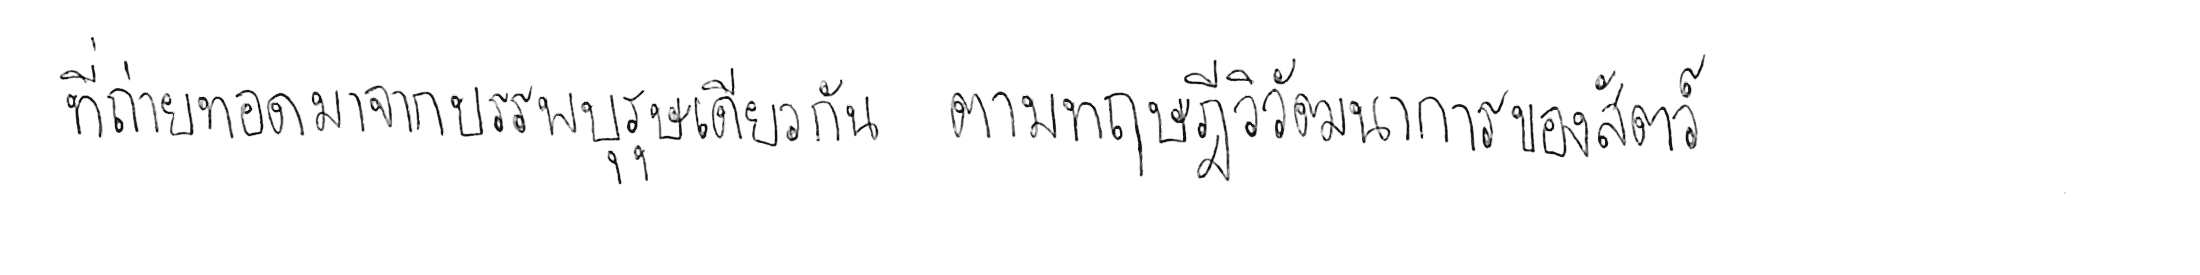
ที่ถ่ายทอดมาจากบรรพบุรุษเดียวกัน ตามทฤษฎีวิวัฒนาการของสัตว์